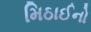
મિઠાઈનો